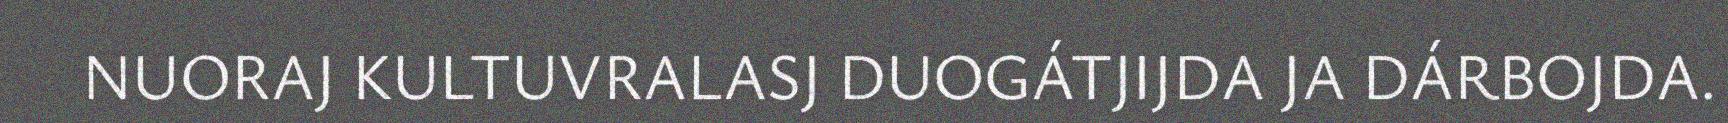
NUORAJ KULTUVRALASJ DUOGÁTJIJDA JA DÁRBOJDA.